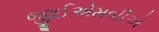
જીઈએમબીએ